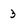
Character: 3